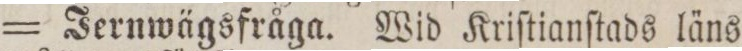
= Jernwägsfråga. Wid Kriſtianſtads läns